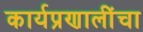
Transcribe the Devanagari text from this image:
कार्यप्रणालींचा